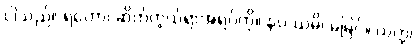
ငါသည်။ ရဟော၊ ဆိတ်ကွယ်ရာအရပ်ကို။ နပဿမိ၊ မမြင်။ ယတ္ထ၊